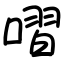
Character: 㗩